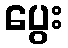
ပွေး